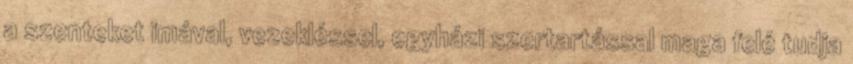
a szenteket imával, vezekléssel, egyházi szertartással maga felé tudja